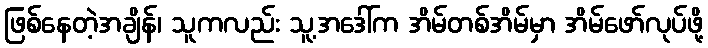
ဖြစ်နေတဲ့အချိန်၊ သူကလည်း သူ့အဒေါ်က အိမ်တစ်အိမ်မှာ အိမ်ဖော်လုပ်ဖို့